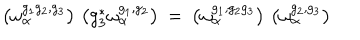
\left( \omega _ { \alpha } ^ { g _ { 1 } g _ { 2 } , g _ { 3 } } \right) \, \left( g _ { 3 } ^ { * } \omega _ { \alpha } ^ { g _ { 1 } , g _ { 2 } } \right) \: = \: \left( \omega _ { \alpha } ^ { g _ { 1 } , g _ { 2 } g _ { 3 } } \right) \, \left( \omega _ { \alpha } ^ { g _ { 2 } , g _ { 3 } } \right)